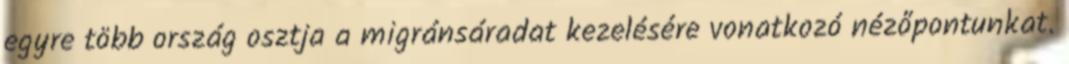
egyre több ország osztja a migránsáradat kezelésére vonatkozó nézőpontunkat.